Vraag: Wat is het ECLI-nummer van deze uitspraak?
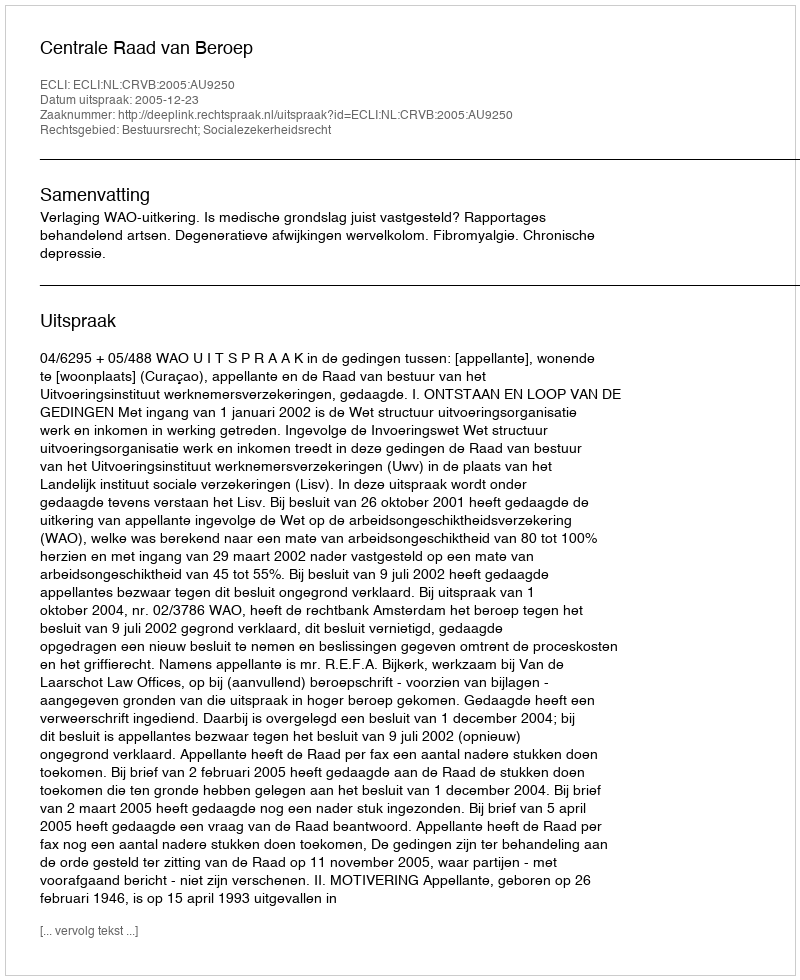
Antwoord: ECLI:NL:CRVB:2005:AU9250